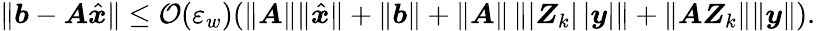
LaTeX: \Vert\boldsymbol{b}-\boldsymbol{A}\hat{\boldsymbol{x}}\Vert\leq\mathcal{O}(\varepsilon_{w})(\Vert\boldsymbol{A}\Vert\Vert\hat{\boldsymbol{x}}\Vert+\Vert\boldsymbol{b}\Vert+\Vert\boldsymbol{A}\Vert\left\Vert\vert\boldsymbol{Z}_{k}\vert\, \vert\boldsymbol{y}\vert\right\Vert+\left\Vert\boldsymbol{A}\boldsymbol{Z}_{k}\right\Vert\Vert\boldsymbol{y}\Vert).